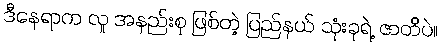
ဒီနေရာက လူ အနည်းစု ဖြစ်တဲ့ ပြည်နယ် သုံးခုရဲ့ ဇာတိပဲ။